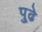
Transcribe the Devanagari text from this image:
पु्ढे